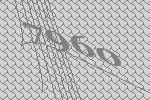
7960